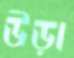
উড়া